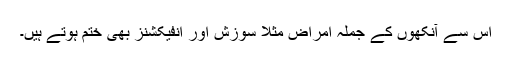
اس سے آنکھوں کے جملہ امراض مثلاً سوزش اور انفیکشنز بھی ختم ہوتے ہیں۔